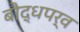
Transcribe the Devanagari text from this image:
बौद्धपर्व